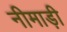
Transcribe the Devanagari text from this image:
नीमाड़ी